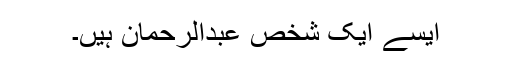
ایسے ایک شخص عبدالرحمان ہیں۔